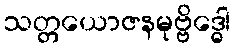
သတ္တယောဇနမုဗ္ဗိဒ္ဓေါ